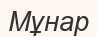
Мұнар